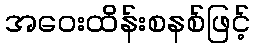
အဝေးထိန်းစနစ်ဖြင့်